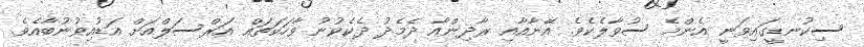
ސިކުނޑީގައިވަނީ އެންމެ ސުވާލެކެވެ. އޭނާއާއި ރާދިންއާ ދެމެދު ދެކެވުނު ވާހަކަތައް އަރްސަލްއަށް އަޑުއިވުނުބާއެވެ.